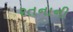
રતનાની